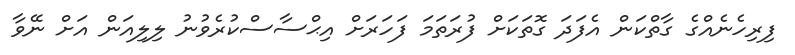
ފިރިހެނެއްގެ ގާތްކަން އެފަދަ ގޮތަކަަށް ފުރަތަމަ ފަހަރަށް އިޙްސާސްކުރެވުނު ލިލިއަން އަށް ނޭވާ